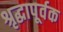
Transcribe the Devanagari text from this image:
श्रृद्धापूर्वक